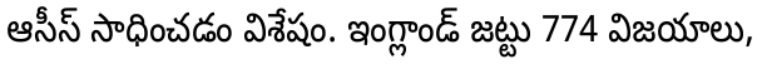
ఆసీస్ సాధించడం విశేషం. ఇంగ్లాండ్ జట్టు 774 విజయాలు,